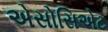
એસોસિએટ